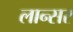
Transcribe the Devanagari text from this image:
लान्सर